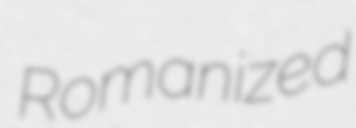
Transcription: Romanized